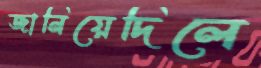
জানিয়েদিলে